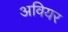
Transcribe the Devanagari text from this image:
अवियर